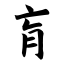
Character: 肓